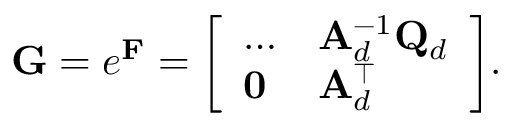
\mathbf { G } = e ^ { \mathbf { F } } = { \left[ \begin{array} { l l } { \dots } & { \mathbf { A } _ { d } ^ { - 1 } \mathbf { Q } _ { d } } \\ { \mathbf { 0 } } & { \mathbf { A } _ { d } ^ { \top } } \end{array} \right] } .